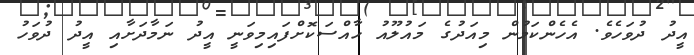
އީދު ދުވަހެވެ. އެހެންކަމުން މިއަދުގެ މައުލޫއު ހާއްސަކޮށްފައިމިވަނީ އީދު ނަމާދަށާއި އީދު ދުވަހު